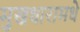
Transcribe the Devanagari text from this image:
मुखधारामधे